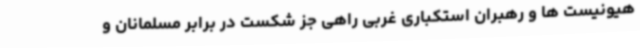
هیونیست ها و رهبران استکباری غربی راهی جز شکست در برابر مسلمانان و